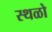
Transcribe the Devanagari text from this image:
स्थळो